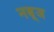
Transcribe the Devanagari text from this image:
नब़्ज